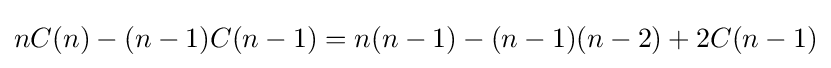
nC(n)-(n-1)C(n-1)=n(n-1)-(n-1)(n-2)+2C(n-1)